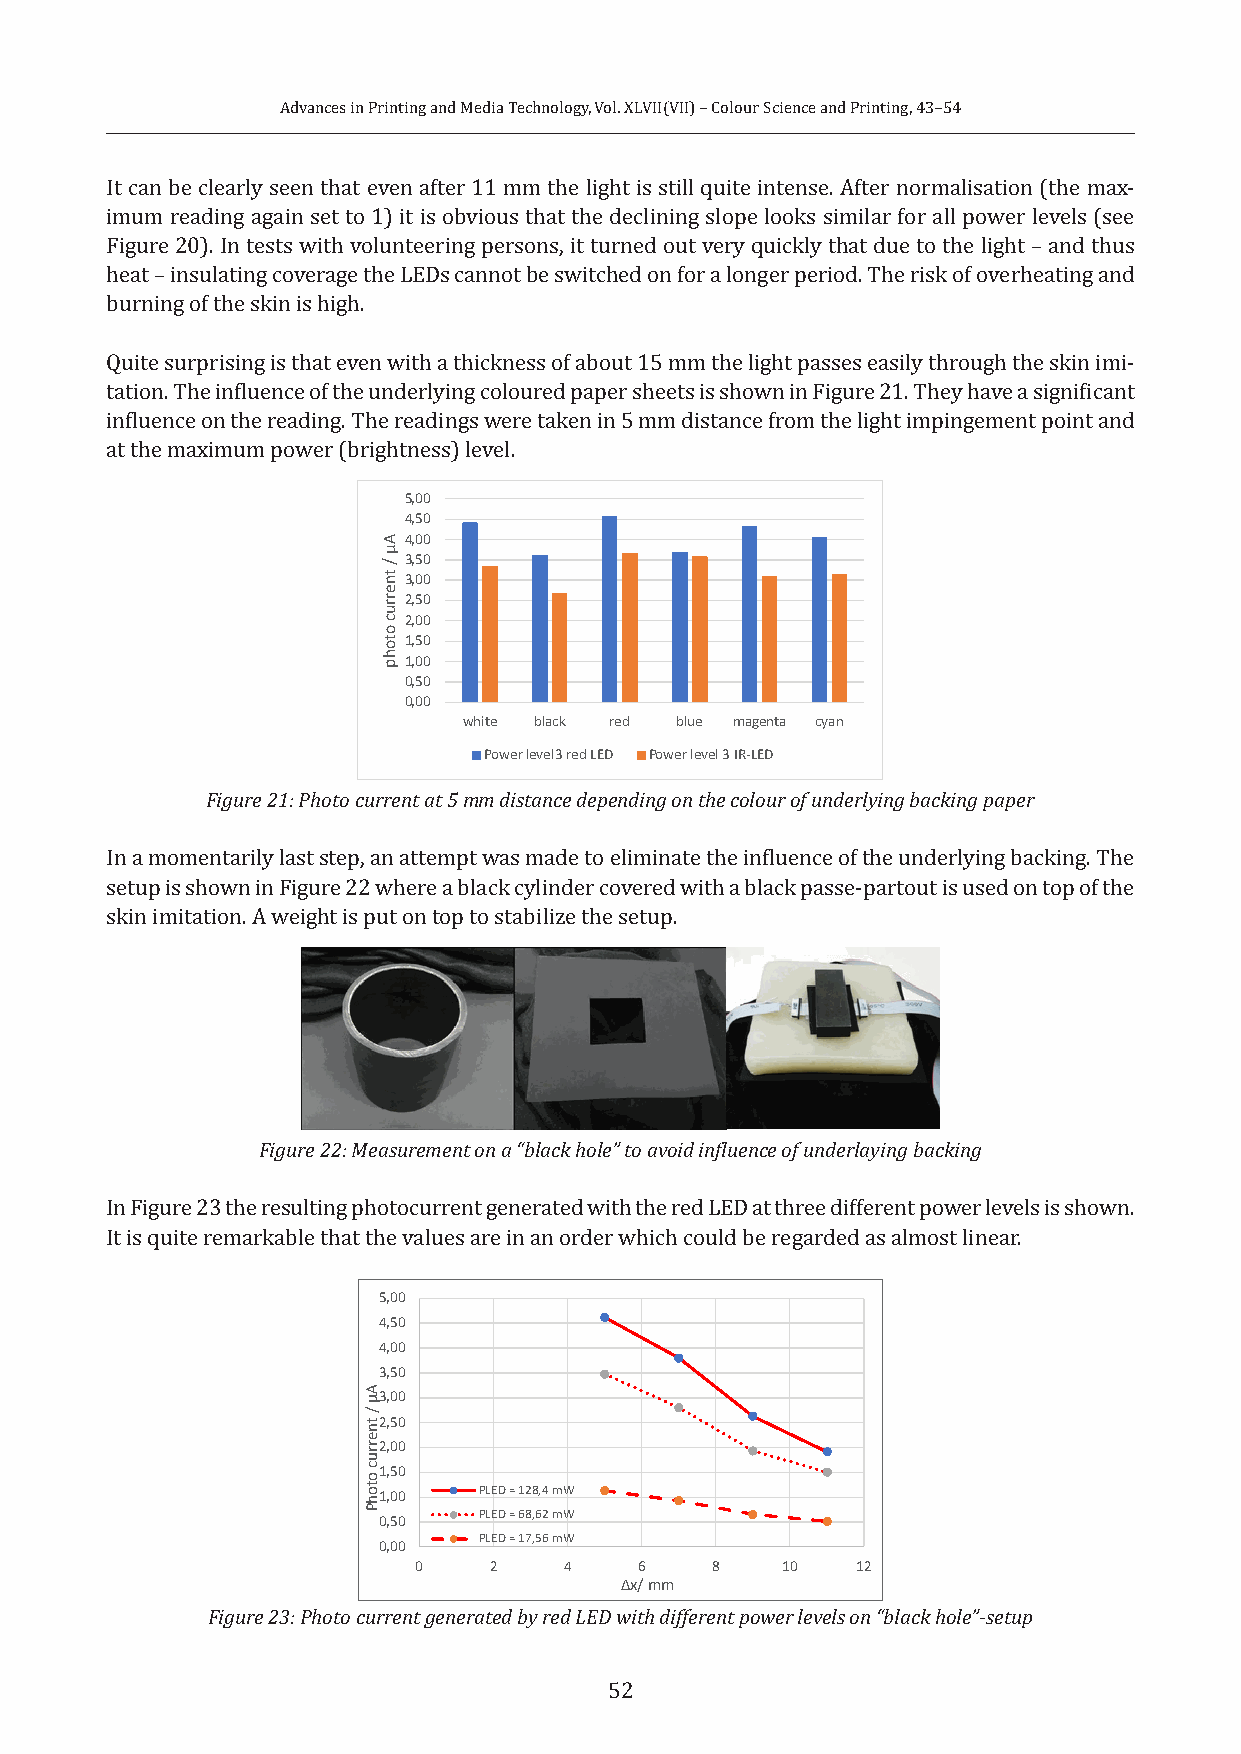
Advances in Printing and Media Technology, Vol. XLVII(VII) – Colour Science and Printing, 43–54
 It can be clearly seen that even after 11 mm the light is still quite intense. After normalisation (the max-
 imum reading again set to 1) it is obvious that the declining slope looks similar for all power levels (see
 Figure 20). In tests with volunteering persons, it turned out very quickly that due to the light – and thus
 heat – insulating coverage the LEDs cannot be switched on for a longer period. The risk of overheating and
 burning of the skin is high.
 Quite surprising is that even with a thickness of about 15 mm the light passes easily through the skin imi-
 tation. The influence of the underlying coloured paper sheets is shown in Figure 21. They have a significant
 influence on the reading. The readings were taken in 5 mm distance from the light impingement point and
 at the maximum power (brightness) level.
 5,00
 4,50
 4,00
 3,50
 3,00
 2,50
 2,00
 1,50
 1,00
 0,50
 0,00
 white black red blue magenta cyan
 Power level3 red LED Power level 3 IR-LED
 Figure 21: Photo current at 5 mm distance depending on the colour of underlying backing paper
 In a momentarily last step, an attempt was made to eliminate the influence of the underlying backing. The
 setup is shown in Figure 22 where a black cylinder covered with a black passe-partout is used on top of the
 skin imitation. A weight is put on top to stabilize the setup.
 Figure 22: Measurement on a “black hole” to avoid influence of underlaying backing
 In Figure 23 the resulting photocurrent generated with the red LED at three different power levels is shown.
 It is quite remarkable that the values are in an order which could be regarded as almost linear.
 5,00
 4,50
 4,00
 3,50
 3,00
 2,50
 2,00
 1,50
 1,00   PLED = 128,4 mW
 PLED = 68,62 mW
 0,50
 PLED = 17,56 mW
 0,00
 0    2    4    6    8    10   12
 Δx/ mm
 Figure 23: Photo current generated by red LED with different power levels on “black hole”-setup
 52
 Aµ
 /
 tnerruc
 otohP
 Aµ
 /
 tnerruc
 otohp